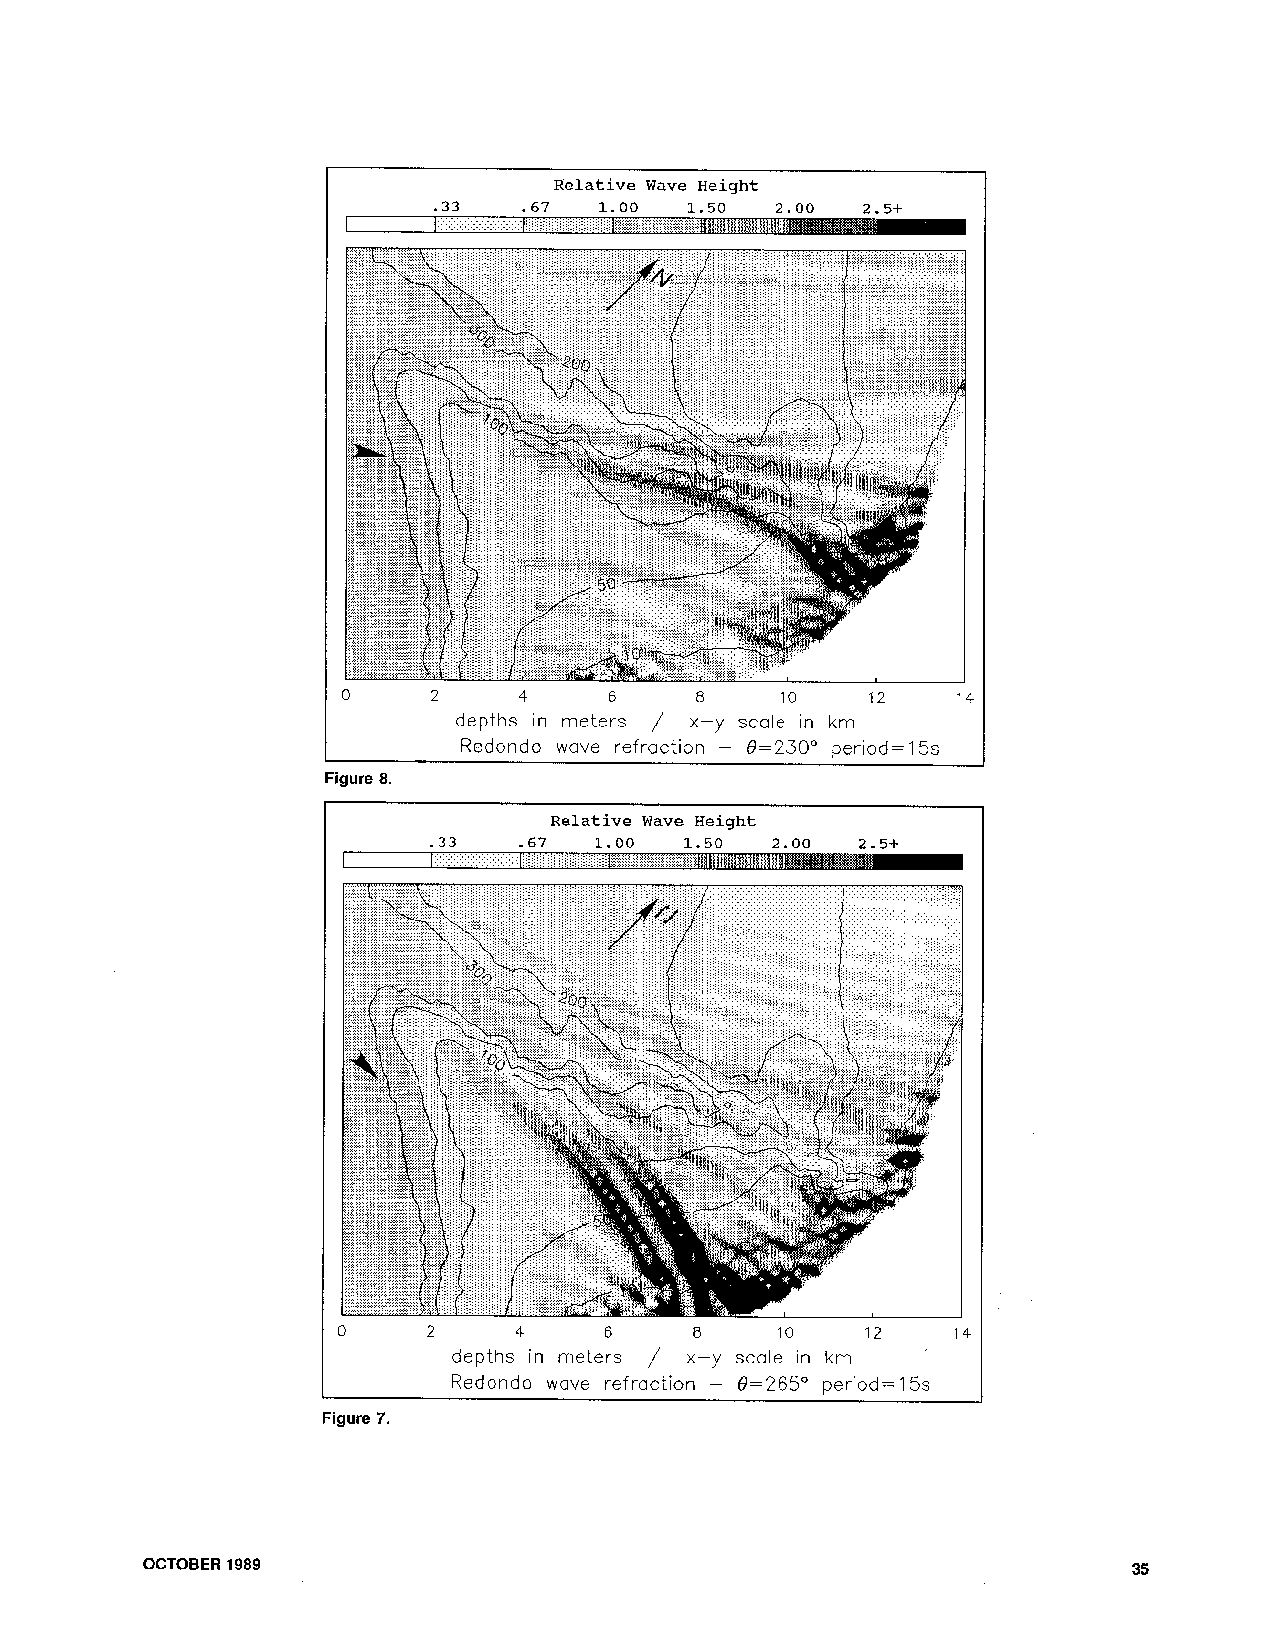
I                     /                     I
 depths in meters x-y scale in km
 Redondo wave refraction - Q=230° period=15s
 Figure 8.
 Relative Wave Height
 -33   -67  1.00  1.50  2.00  2.5+
 4
 /
 depths in meters x-y scale in km
 Redondo wave refraction - 8=265" perod=ISs
 Figure 7.
 OCTOBER 1989